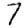
Digit: 7